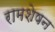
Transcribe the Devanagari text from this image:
रामशेषन